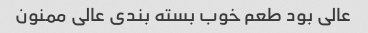
عالی بود طعم خوب بسته بندی عالی ممنون